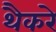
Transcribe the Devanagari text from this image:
थैैकरे